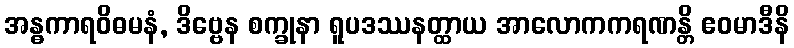
အန္ဓကာရဝိဓမနံ, ဒိဗ္ဗေန စက္ခုနာ ရူပဒဿနတ္ထာယ အာလောကကရဏန္တိ ဧဝမာဒီနိ